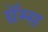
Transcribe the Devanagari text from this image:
ग्रॅम्स